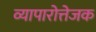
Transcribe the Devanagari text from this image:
व्यापारोत्तेजक